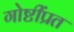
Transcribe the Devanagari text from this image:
गोष्टींप्रत